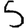
Digit: 5